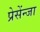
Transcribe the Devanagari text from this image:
प्रेसेंन्जा